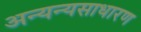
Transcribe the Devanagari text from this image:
अन्यन्यसाधारण